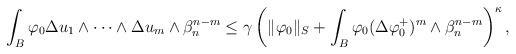
LaTeX: \begin{align*}\begin{aligned}\int_B\varphi_0 \Delta u_1\wedge\dots\wedge\Delta u_m\wedge\beta_n^{n-m}\leq \gamma\left(\|\varphi_0\|_S+\int_B \varphi_0(\Delta \varphi_0^{+})^m\wedge\beta_n^{n-m}\right)^\kappa,\end{aligned}\end{align*}